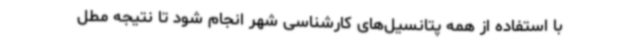
با استفاده از همه پتانسیل‌های کارشناسی شهر انجام شود تا نتیجه مطل